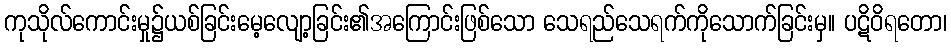
ကုသိုလ်ကောင်းမှု၌ယစ်ခြင်းမေ့လျော့ခြင်း၏အကြောင်းဖြစ်သော သေရည်သေရက်ကိုသောက်ခြင်းမှ။ ပဋိဝိရတော၊